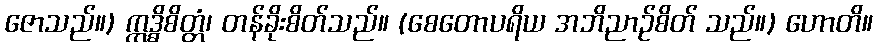
ဇောသည်။) ဣဒ္ဓိစိတ္တံ၊ တန်ခိုးစိတ်သည်။ (စေတောပရိယ အဘိညာဉ်စိတ် သည်။) ဟောတိ။